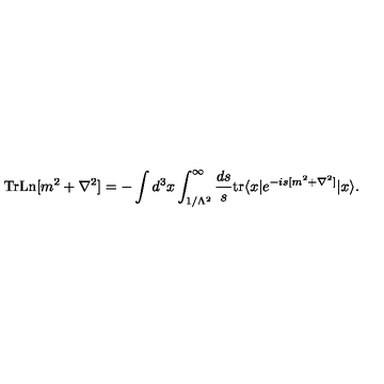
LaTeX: \mathrm { T r L n } [ m ^ { 2 } + \nabla ^ { 2 } ] = - \int d ^ { 3 } x \int _ { 1 / \Lambda ^ { 2 } } ^ { \infty } \frac { d s } { s } \mathrm { t r } \langle x | e ^ { - i s [ m ^ { 2 } + \nabla ^ { 2 } ] } | x \rangle .